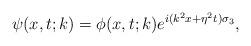
LaTeX: \begin{align*}\psi(x,t;k)=\phi(x,t;k)e^{i(k^2x+\eta^2t)\sigma_3},\end{align*}